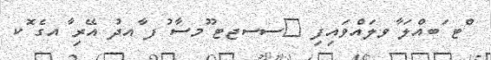
ްޓ ަބއްލަ ާވލައްވައިފި 	ސސޖޓ ޫމސާ ުފ ާއދު އޭރި ާއގެ ޮކ